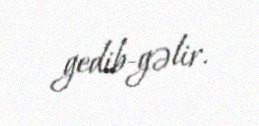
gedib-gəlir.